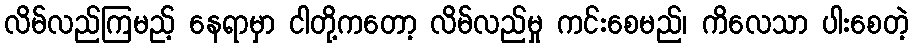
လိမ်လည်ကြမည့် နေရာမှာ ငါတို့ကတော့ လိမ်လည်မှု ကင်းစေမည်၊ ကိလေသာ ပါးစေတဲ့